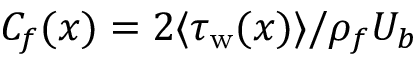
C _ { f } ( x ) = { 2 \langle \tau _ { \mathrm { w } } ( x ) \rangle } / { \rho _ { f } U _ { b } }